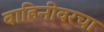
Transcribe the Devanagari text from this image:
वाहिनीवरचा